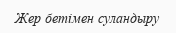
Жер бетімен суландыру